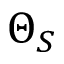
\Theta _ { S }